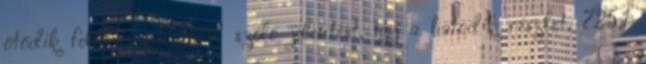
ötödik felülvizsgálatáról szóló jelentést, így a hatodik részlet, 725,1